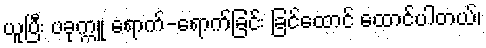
ယူပြီး ပခုက္ကူ ရောက်-ရောက်ခြင်း ခြင်ထောင် ထောင်ပါတယ်၊